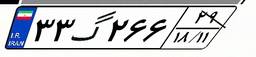
۷۴گ۳۲۴۹۰